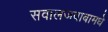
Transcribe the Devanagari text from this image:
सवालजवाबामधे